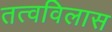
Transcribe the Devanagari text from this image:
तत्वविलास